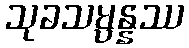
သုခသမ္ပန္နဿ